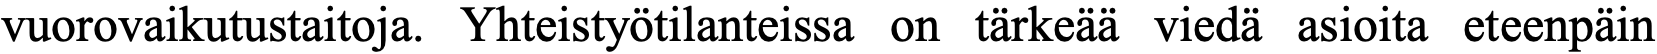
vuorovaikutustaitoja. Yhteistyötilanteissa on tärkeää viedä asioita eteenpäin